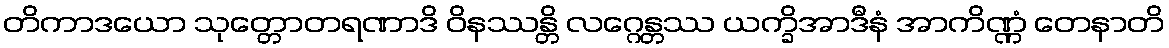
တိကာဒယော သုတ္တောတရဏာဒိ ဝိနဿန္တိ လဂ္ဂေန္တဿ ယက္ခိအာဒီနံ အာကိဏ္ဏံ တေနာတိ